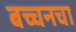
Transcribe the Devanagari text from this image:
बच्चनचा